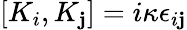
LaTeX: [K_{i},K_{\mathbf{j}}]=i\kappa\epsilon_{i\mathbf{j}}